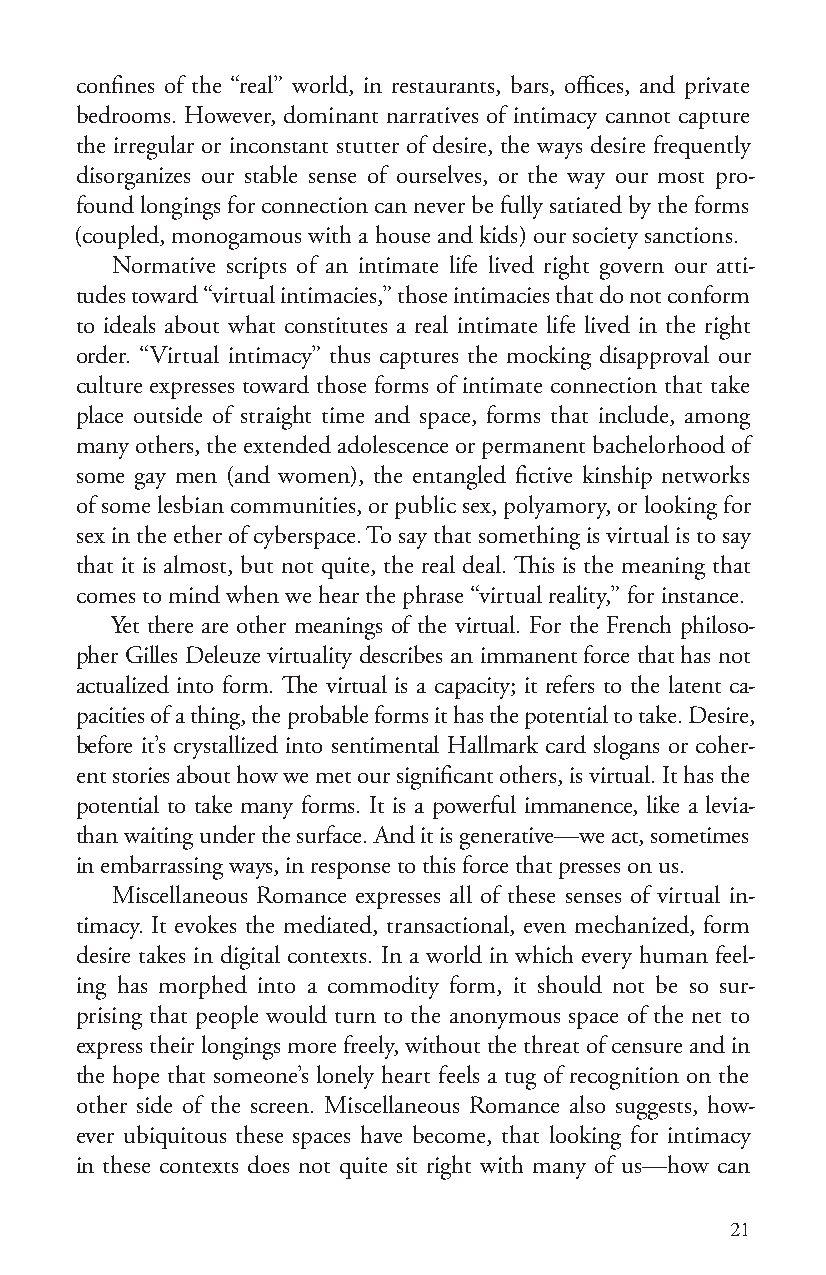
confines of the “real” world, in restaurants, bars, offices, and private
 bedrooms. However, dominant narratives of intimacy cannot capture
 the irregular or inconstant stutter of desire, the ways desire frequently
 disorganizes our stable sense of ourselves, or the way our most pro-
 found longings for connection can never be fully satiated by the forms
 (coupled, monogamous with a house and kids) our society sanctions.
 Normative scripts of an intimate life lived right govern our atti-
 tudes toward “virtual intimacies,” those intimacies that do not conform
 to ideals about what constitutes a real intimate life lived in the right
 order. “Virtual intimacy” thus captures the mocking disapproval our
 culture expresses toward those forms of intimate connection that take
 place outside of straight time and space, forms that include, among
 many others, the extended adolescence or permanent bachelorhood of
 some gay men (and women), the entangled fictive kinship networks
 of some lesbian communities, or public sex, polyamory, or looking for
 sex in the ether of cyberspace. To say that something is virtual is to say
 that it is almost, but not quite, the real deal. This is the meaning that
 comes to mind when we hear the phrase “virtual reality,” for instance.
 Yet there are other meanings of the virtual. For the French philoso-
 pher Gilles Deleuze virtuality describes an immanent force that has not
 actualized into form. The virtual is a capacity; it refers to the latent ca-
 pacities of a thing, the probable forms it has the potential to take. Desire,
 before it’s crystallized into sentimental Hallmark card slogans or coher-
 ent stories about how we met our significant others, is virtual. It has the
 potential to take many forms. It is a powerful immanence, like a levia-
 than waiting under the surface. And it is generative—we act, sometimes
 in embarrassing ways, in response to this force that presses on us.
 Miscellaneous Romance expresses all of these senses of virtual in-
 timacy. It evokes the mediated, transactional, even mechanized, form
 desire takes in digital contexts. In a world in which every human feel-
 ing has morphed into a commodity form, it should not be so sur-
 prising that people would turn to the anonymous space of the net to
 express their longings more freely, without the threat of censure and in
 the hope that someone’s lonely heart feels a tug of recognition on the
 other side of the screen. Miscellaneous Romance also suggests, how-
 ever ubiquitous these spaces have become, that looking for intimacy
 in these contexts does not quite sit right with many of us—how can
 21